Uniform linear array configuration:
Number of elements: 16
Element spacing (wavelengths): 0.75
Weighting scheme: exponential
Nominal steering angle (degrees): -30
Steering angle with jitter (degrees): -28.542
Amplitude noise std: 0.05
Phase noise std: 0.05

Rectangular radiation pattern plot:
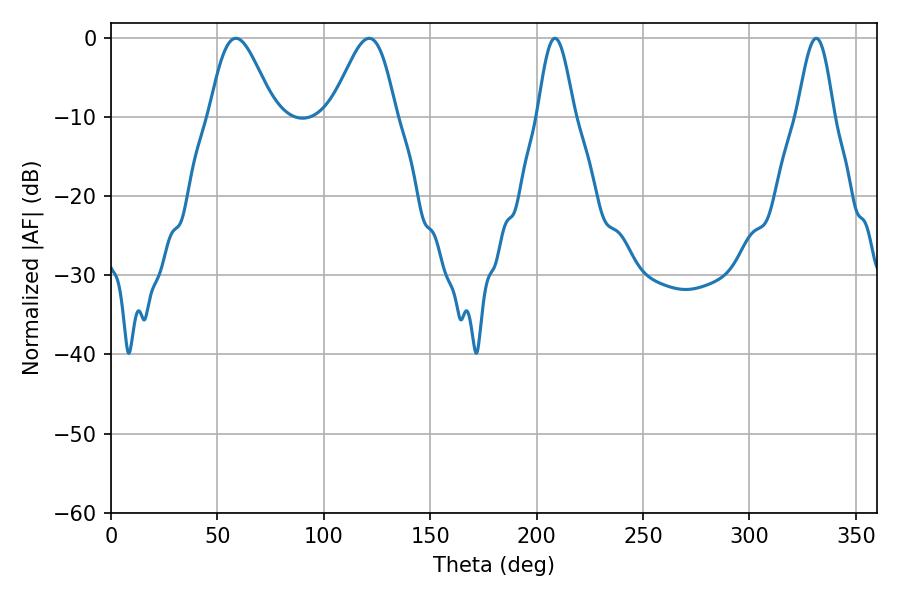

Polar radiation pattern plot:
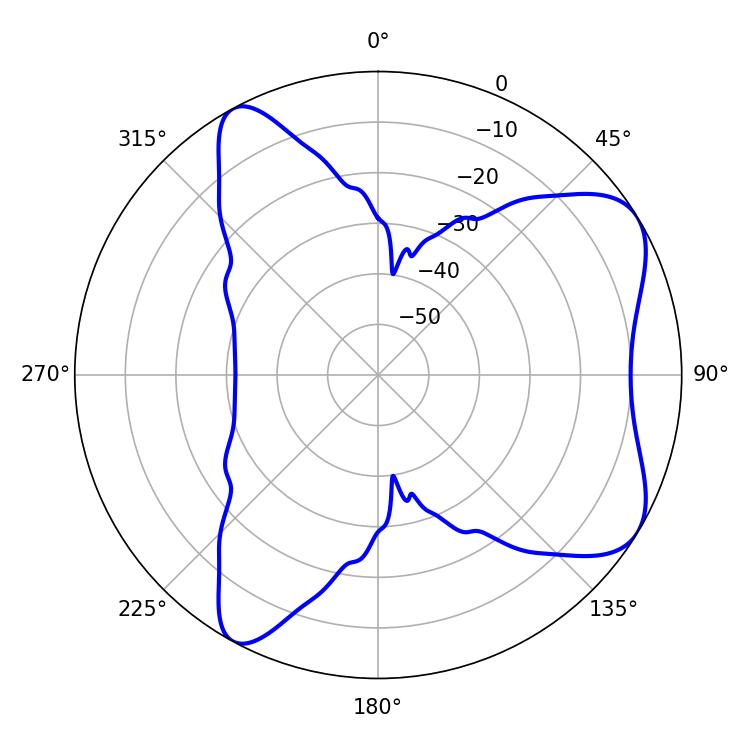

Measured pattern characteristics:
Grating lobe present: TRUE
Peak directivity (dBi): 6.925
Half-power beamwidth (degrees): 9.18
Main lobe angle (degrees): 208.62